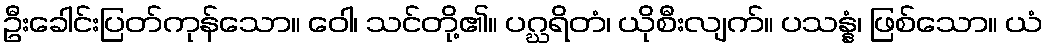
ဦးခေါင်းပြတ်ကုန်သော။ ဝေါ၊ သင်တို့၏။ ပဂ္ဃရိတံ၊ ယိုစီးလျက်။ ပသန္နံ၊ ဖြစ်သော။ ယံ